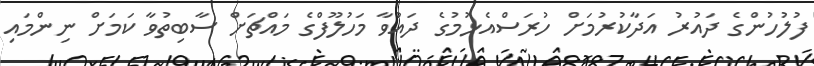
ފުލުހުންގެ ދައުރު އަދާކުރުމަށް ހުރަސްއެޅުމުގެ ދައުވާ މަހުލޫފްގެ މައްޗަށް ސާބިތުވާ ކަމަށް ނިންމައި